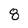
Character: 8